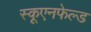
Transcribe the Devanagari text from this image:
स्कूएनफेल्ड